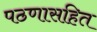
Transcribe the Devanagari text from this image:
पठणासहित